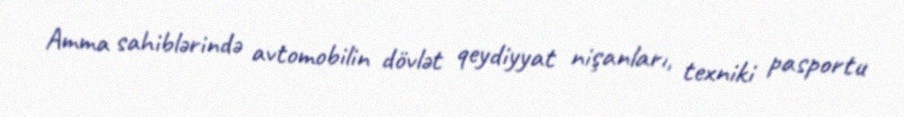
Amma sahiblərində avtomobilin dövlət qeydiyyat nişanları, texniki pasportu